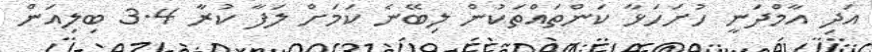
އަދި އާމްދަނީ ހުށަހަޅާ ކަންތައްތަކުން ލިބޭނެ ކަމަށް ލަފާ ކުރާ 3.4 ބިލިއަން